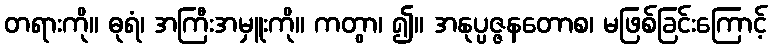
တရားကို။ ဓုရံ၊ အကြီးအမှူးကို။ ကတွာ၊ ၍။ အနုပ္ပဇ္ဇနတောစ၊ မဖြစ်ခြင်းကြောင့်